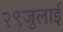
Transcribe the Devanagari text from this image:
२९जुलाई